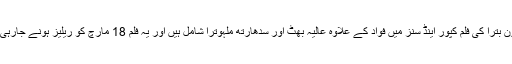
شاکون بترا کی فلم کپور اینڈ سنز میں فواد کے علاوہ عالیہ بھٹ اور سدھارتھ ملہوترا شامل ہیں اور یہ فلم 18 مارچ کو ریلیز ہونے جارہی ہے۔